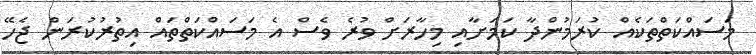
މަސައްކަތްތަކެއް ކުރަމުންދާ ކަމަށާއި މިހާރަށް ވުރެ ވެސް އެ މަސައްކަތްތައް އިތުރުކުރަން ޖެހޭ